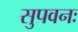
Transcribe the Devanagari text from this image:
सुपवनः